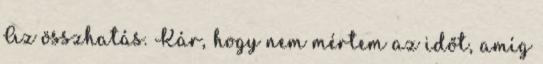
Az összhatás. Kár, hogy nem mértem az időt, amíg